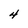
Character: 4